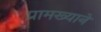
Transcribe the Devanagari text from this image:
प्रामख्याने